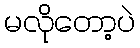
မလိုတော့ပဲ